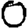
Digit: 0